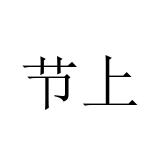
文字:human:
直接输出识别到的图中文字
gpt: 节上